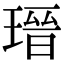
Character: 瑨